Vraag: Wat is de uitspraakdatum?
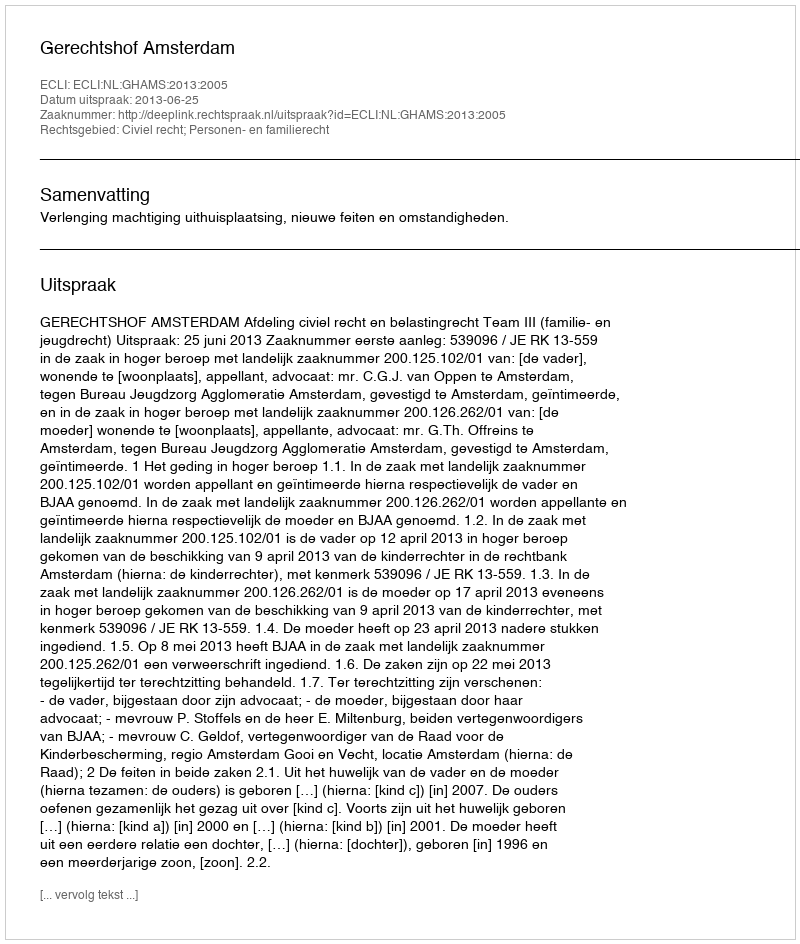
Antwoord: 2013-06-25